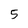
Character: 5